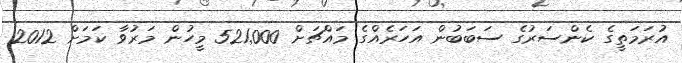
އުރަމަތީގެ ކެންސަރުގެ ސަބަބުން އަހަރެއްގެ މައްޗަށް 521